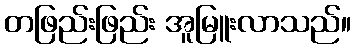
တဖြည်းဖြည်း အူမြူးလာသည်။